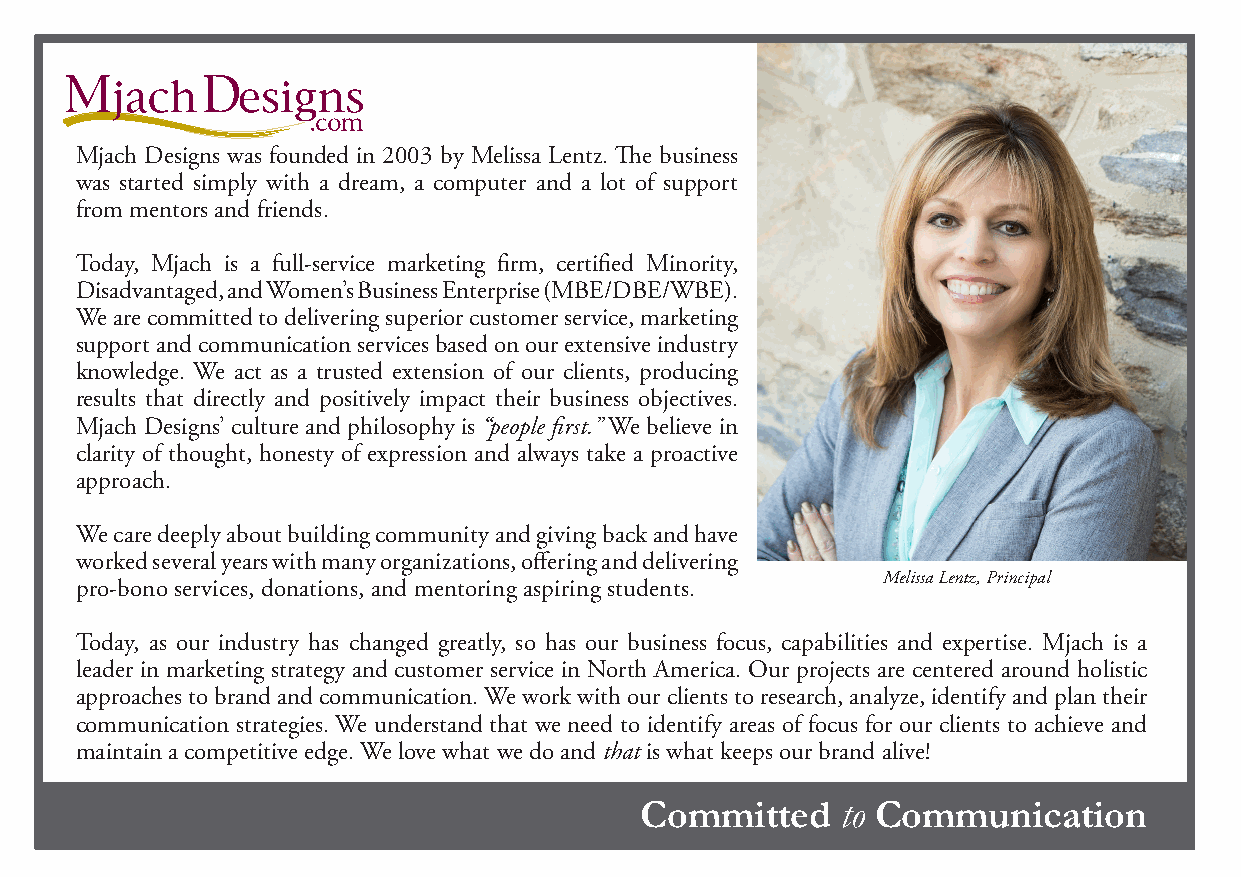
Mjach Designs was founded in 2003 by Melissa Lentz. The business
 was started simply with a dream, a computer and a lot of support
 from mentors and friends.
 Today, Mjach is a full-service marketing firm, certified Minority,
 Disadvantaged, and Women’s Business Enterprise (MBE/DBE/WBE).
 We are committed to delivering superior customer service, marketing
 support and communication services based on our extensive industry
 knowledge. We act as a trusted extension of our clients, producing
 results that directly and positively impact their business objectives.
 Mjach Designs’ culture and philosophy is “people first.” We believe in
 clarity of thought, honesty of expression and always take a proactive
 approach.
 We care deeply about building community and giving back and have
 worked several years with many organizations, offering and delivering
 Melissa Lentz, Principal
 pro-bono services, donations, and mentoring aspiring students.
 Today, as our industry has changed greatly, so has our business focus, capabilities and expertise. Mjach is a
 leader in marketing strategy and customer service in North America. Our projects are centered around holistic
 approaches to brand and communication. We work with our clients to research, analyze, identify and plan their
 communication strategies. We understand that we need to identify areas of focus for our clients to achieve and
 maintain a competitive edge. We love what we do and that is what keeps our brand alive!
 Committed     to Communication